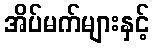
အိပ်မက်များနှင့်